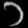
Digit: ၁